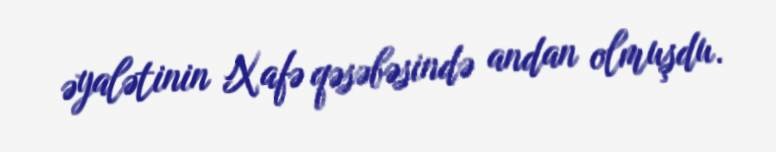
əyalətinin Xafə qəsəbəsində andan olmuşdu.